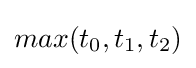
max(t_{0},t_{1},t_{2})